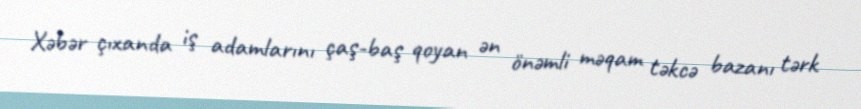
Xəbər çıxanda iş adamlarını çaş-baş qoyan ən önəmli məqam təkcə bazanı tərk